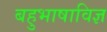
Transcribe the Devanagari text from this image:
बहुभाषाविज्ञ